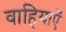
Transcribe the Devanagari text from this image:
वाहियाएँ